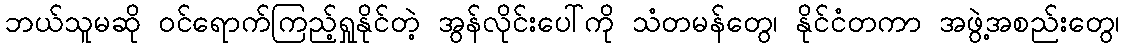
ဘယ်သူမဆို ဝင်ရောက်ကြည့်ရှုနိုင်တဲ့ အွန်လိုင်းပေါ်ကို သံတမန်တွေ၊ နိုင်ငံတကာ အဖွဲ့အစည်းတွေ၊